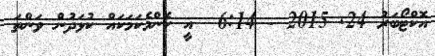
އޮކްޓޯބަރު 24